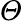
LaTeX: \varTheta